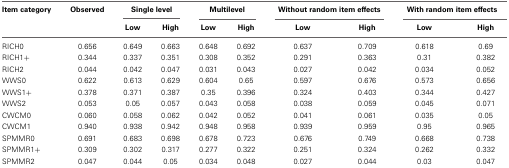
<table><thead><tr><td><b>Item category</b></td><td><b>Observed</b></td><td colspan="2"><b>Single level</b></td><td colspan="2"><b>Multilevel</b></td><td colspan="2"><b>Without random item effects</b></td><td colspan="2"><b>With random item effects</b></td></tr><tr><td></td><td></td><td><b>Low</b></td><td><b>High</b></td><td><b>Low</b></td><td><b>High</b></td><td><b>Low</b></td><td><b>High</b></td><td><b>Low</b></td><td><b>High</b></td></tr></thead><tbody><tr><td>RICH0</td><td>0.656</td><td>0.649</td><td>0.663</td><td>0.648</td><td>0.692</td><td>0.637</td><td>0.709</td><td>0.618</td><td>0.69</td></tr><tr><td>RICH1+</td><td>0.344</td><td>0.337</td><td>0.351</td><td>0.308</td><td>0.352</td><td>0.291</td><td>0.363</td><td>0.31</td><td>0.382</td></tr><tr><td>RICH2</td><td>0.044</td><td>0.042</td><td>0.047</td><td>0.031</td><td>0.043</td><td>0.027</td><td>0.042</td><td>0.034</td><td>0.052</td></tr><tr><td>WWS0</td><td>0.622</td><td>0.613</td><td>0.629</td><td>0.604</td><td>0.65</td><td>0.597</td><td>0.676</td><td>0.573</td><td>0.656</td></tr><tr><td>WWS1+</td><td>0.378</td><td>0.371</td><td>0.387</td><td>0.35</td><td>0.396</td><td>0.324</td><td>0.403</td><td>0.344</td><td>0.427</td></tr><tr><td>WWS2</td><td>0.053</td><td>0.05</td><td>0.057</td><td>0.043</td><td>0.058</td><td>0.038</td><td>0.059</td><td>0.045</td><td>0.071</td></tr><tr><td>CWCM0</td><td>0.060</td><td>0.058</td><td>0.062</td><td>0.042</td><td>0.052</td><td>0.041</td><td>0.061</td><td>0.035</td><td>0.05</td></tr><tr><td>CWCM1</td><td>0.940</td><td>0.938</td><td>0.942</td><td>0.948</td><td>0.958</td><td>0.939</td><td>0.959</td><td>0.95</td><td>0.965</td></tr><tr><td>SPMMR0</td><td>0.691</td><td>0.683</td><td>0.698</td><td>0.678</td><td>0.723</td><td>0.676</td><td>0.749</td><td>0.668</td><td>0.738</td></tr><tr><td>SPMMR1+</td><td>0.309</td><td>0.302</td><td>0.317</td><td>0.277</td><td>0.322</td><td>0.251</td><td>0.324</td><td>0.262</td><td>0.332</td></tr><tr><td>SPMMR2</td><td>0.047</td><td>0.044</td><td>0.05</td><td>0.034</td><td>0.048</td><td>0.027</td><td>0.044</td><td>0.03</td><td>0.047</td></tr></tbody></table>